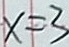
x = 3